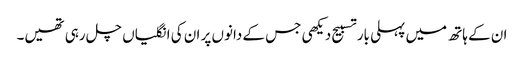
ان کے ہاتھ میں پہلی بار تسبیح دیکھی جس کے دانوں پر ان کی انگلیاں چل رہی تھیں۔